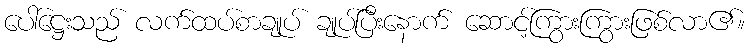
ပေါ်ဋ္ဌေးသည် လက်ထပ်စာချုပ် ချုပ်ပြီးနောက် ဆောင့်ကြွားကြွားဖြစ်လာ၏။